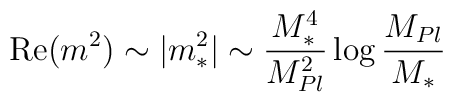
\mbox{Re}(m^2) \sim |m_*^2| \sim \frac{M_*^4}{M_{Pl}^2} \log \frac{M_{Pl}}{M_*}